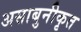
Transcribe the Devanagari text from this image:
असाबुनीकृत